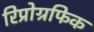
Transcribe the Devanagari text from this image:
रिप्रोग्रफिक